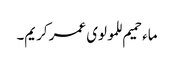
ماء حمیم للمولوی عمر کریم۔